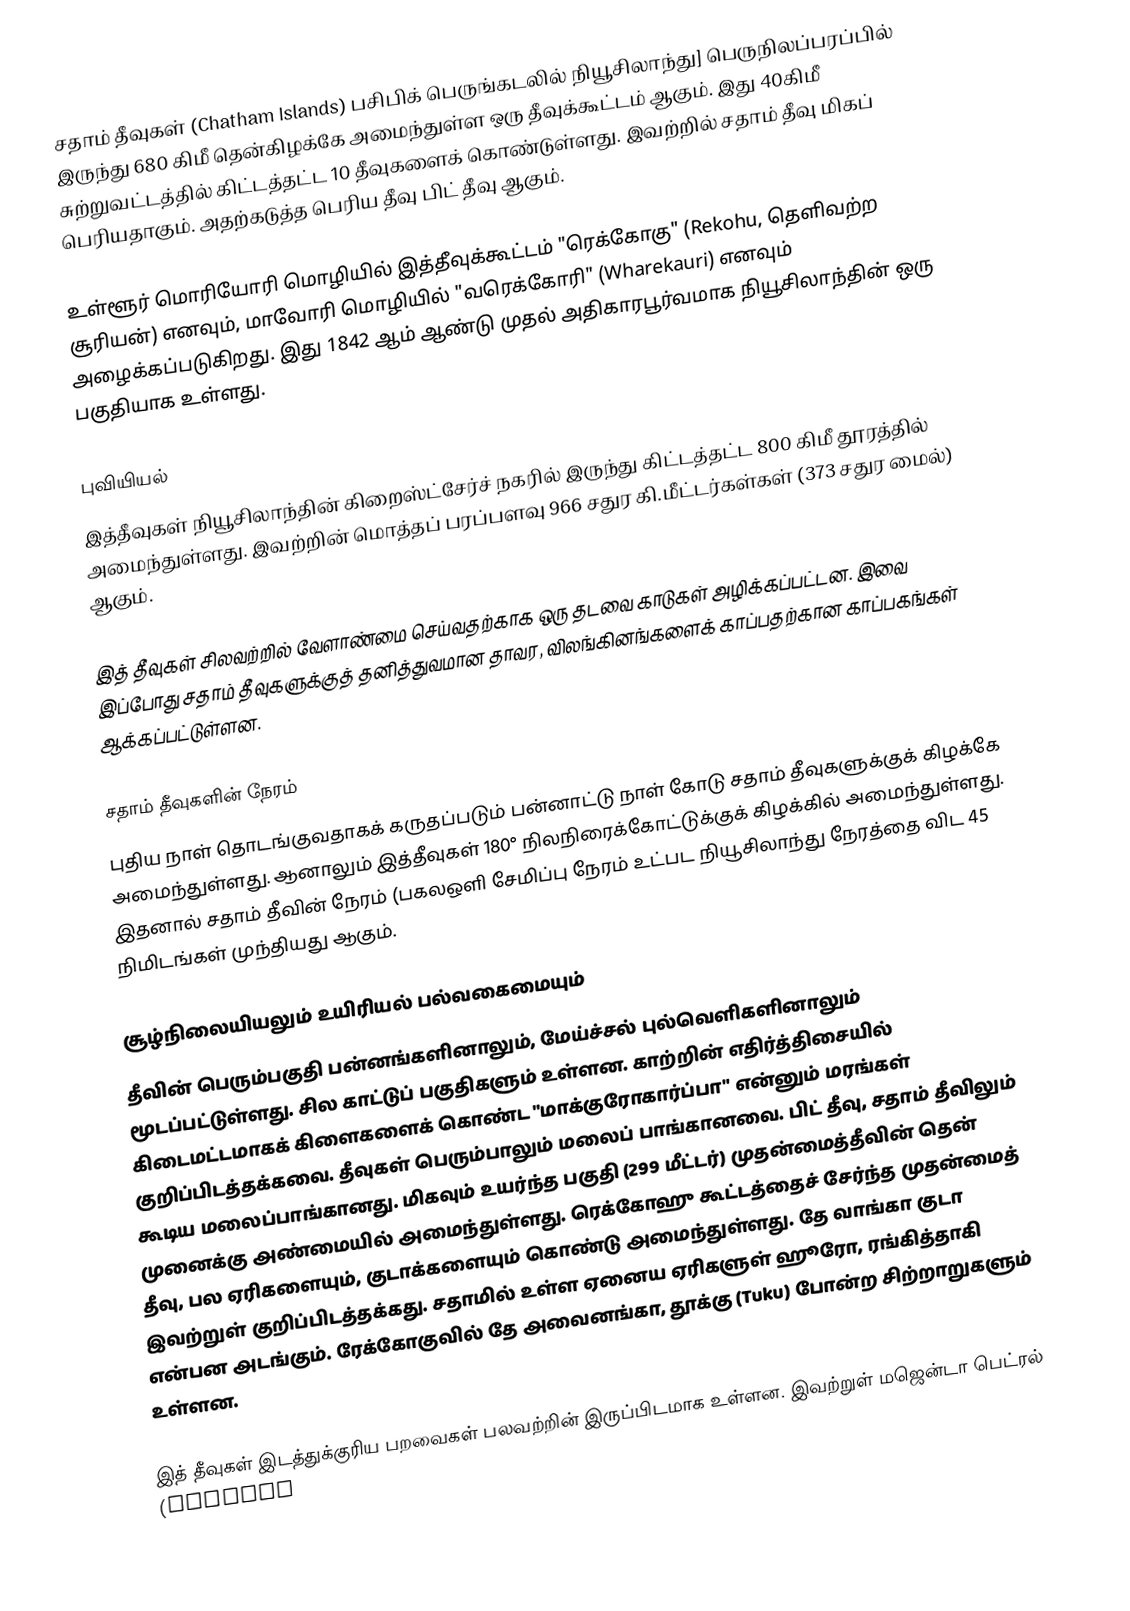
சதாம் தீவுகள் (Chatham Islands) பசிபிக் பெருங்கடலில் நியூசிலாந்து] பெருநிலப்பரப்பில் இருந்து 680 கிமீ தென்கிழக்கே அமைந்துள்ள ஒரு தீவுக்கூட்டம் ஆகும். இது 40கிமீ சுற்றுவட்டத்தில் கிட்டத்தட்ட 10 தீவுகளைக் கொண்டுள்ளது. இவற்றில் சதாம் தீவு மிகப் பெரியதாகும். அதற்கடுத்த பெரிய தீவு பிட் தீவு ஆகும்.

உள்ளூர் மொரியோரி மொழியில் இத்தீவுக்கூட்டம் "ரெக்கோகு" (Rekohu, தெளிவற்ற சூரியன்) எனவும், மாவோரி மொழியில் "வரெக்கோரி" (Wharekauri) எனவும் அழைக்கப்படுகிறது. இது 1842 ஆம் ஆண்டு முதல் அதிகாரபூர்வமாக நியூசிலாந்தின் ஒரு பகுதியாக உள்ளது.

புவியியல்
இத்தீவுகள் நியூசிலாந்தின் கிறைஸ்ட்சேர்ச் நகரில் இருந்து கிட்டத்தட்ட 800 கிமீ தூரத்தில் அமைந்துள்ளது. இவற்றின் மொத்தப் பரப்பளவு 966 சதுர கி.மீட்டர்கள்கள் (373 சதுர மைல்) ஆகும்.

இத் தீவுகள் சிலவற்றில் வேளாண்மை செய்வதற்காக ஒரு தடவை காடுகள் அழிக்கப்பட்டன. இவை இப்போது சதாம் தீவுகளுக்குத் தனித்துவமான தாவர, விலங்கினங்களைக் காப்பதற்கான காப்பகங்கள் ஆக்கப்பட்டுள்ளன.

சதாம் தீவுகளின் நேரம்
புதிய நாள் தொடங்குவதாகக் கருதப்படும் பன்னாட்டு நாள் கோடு சதாம் தீவுகளுக்குக் கிழக்கே அமைந்துள்ளது. ஆனாலும் இத்தீவுகள் 180° நிலநிரைக்கோட்டுக்குக் கிழக்கில் அமைந்துள்ளது. இதனால் சதாம் தீவின் நேரம் (பகலஒளி சேமிப்பு நேரம் உட்பட  நியூசிலாந்து நேரத்தை விட 45 நிமிடங்கள் முந்தியது ஆகும்.

சூழ்நிலையியலும் உயிரியல் பல்வகைமையும்
தீவின் பெரும்பகுதி பன்னங்களினாலும், மேய்ச்சல் புல்வெளிகளினாலும் மூடப்பட்டுள்ளது. சில காட்டுப் பகுதிகளும் உள்ளன. காற்றின் எதிர்த்திசையில் கிடைமட்டமாகக் கிளைகளைக் கொண்ட "மாக்குரோகார்ப்பா" என்னும் மரங்கள் குறிப்பிடத்தக்கவை. தீவுகள் பெரும்பாலும் மலைப் பாங்கானவை. பிட் தீவு, சதாம் தீவிலும் கூடிய மலைப்பாங்கானது. மிகவும் உயர்ந்த பகுதி (299 மீட்டர்) முதன்மைத்தீவின் தென் முனைக்கு அண்மையில் அமைந்துள்ளது. ரெக்கோஹு கூட்டத்தைச் சேர்ந்த முதன்மைத் தீவு, பல ஏரிகளையும், குடாக்களையும் கொண்டு அமைந்துள்ளது. தே வாங்கா குடா இவற்றுள் குறிப்பிடத்தக்கது. சதாமில் உள்ள ஏனைய ஏரிகளுள் ஹூரோ, ரங்கித்தாகி என்பன அடங்கும். ரேக்கோகுவில் தே அவைனங்கா, தூக்கு (Tuku) போன்ற சிற்றாறுகளும் உள்ளன.

இத் தீவுகள் இடத்துக்குரிய பறவைகள் பலவற்றின் இருப்பிடமாக உள்ளன. இவற்றுள் மஜென்டா பெட்ரல் (Magenta